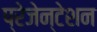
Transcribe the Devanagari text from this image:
प्रेजेन्टेशन